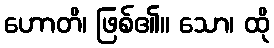
ဟောတိ၊ ဖြစ်၏။ သော၊ ထို